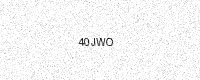
Text: 40JWO